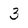
Character: 3